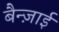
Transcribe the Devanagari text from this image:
बैन्ज़ाई